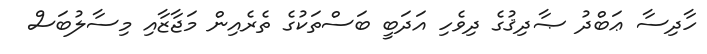
ހާދިސާ ޢަބްދު ޞާދިޤުގެ ދިވެހި އަދަބީ ބަސްތަކުގެ ތެރެއިން މަޖާޒާއި މިސާލުބަސް